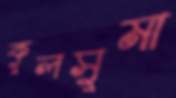
কুলসুমা